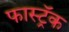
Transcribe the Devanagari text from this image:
फास्ट्रॅक